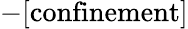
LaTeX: \mathrm{-[confinement]}